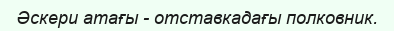
Әскери атағы - отставкадағы полковник.